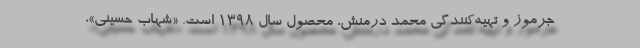
جرموز و تهیه‌کنندگی محمد درمنش، محصول سال ۱۳۹۸ است. «شهاب حسینی»،